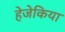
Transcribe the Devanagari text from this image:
हेजेकिया